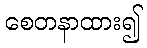
စေတနာထား၍